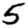
Digit: 5